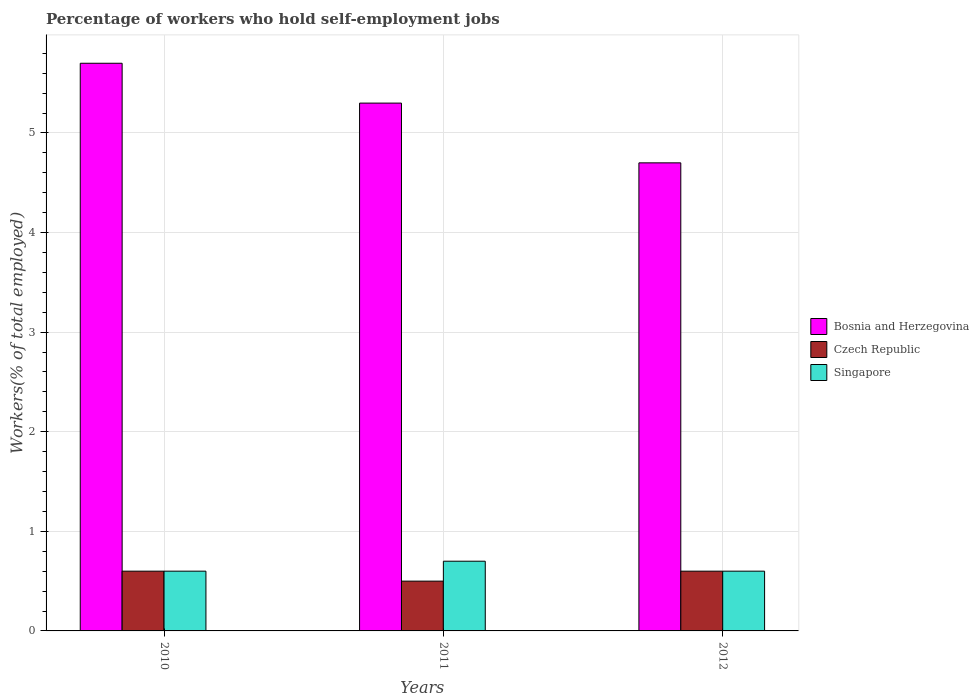
| Years | Bosnia and Herzegovina | Czech Republic | Singapore |
 | --- | --- | --- | --- |
 | 2010 | 5.7 | 0.6 | 0.6 |
 | 2011 | 5.3 | 0.5 | 0.7 |
 | 2012 | 4.7 | 0.6 | 0.6 |